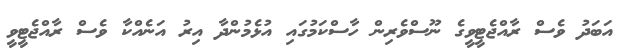
އަބަދު ވެސް ރާއްޖެޓީވީގެ ނޫސްވެރިން ހާސްކަމުގައި އުޅެމުންދާ އިރު އަނެއްކާ ވެސް ރާއްޖެޓީވީ